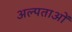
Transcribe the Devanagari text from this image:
अल्पताओं